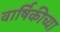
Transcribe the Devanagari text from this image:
वार्षिकीच्या